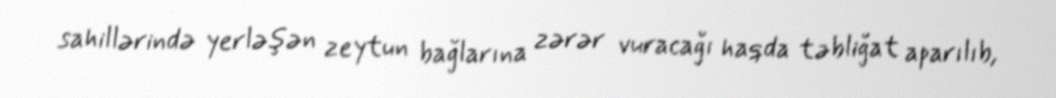
sahillərində yerləşən zeytun bağlarına zərər vuracağı haqda təbliğat aparılıb,